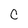
Character: C